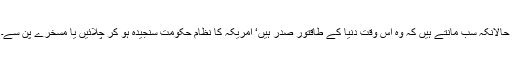
حالانکہ سب مانتے ہیں کہ وہ اس وقت دنیا کے طاقتور صدر ہیں‘ امریکہ کا نظام حکومت سنجیدہ ہو کر چلائیں یا مسخرے پن سے۔